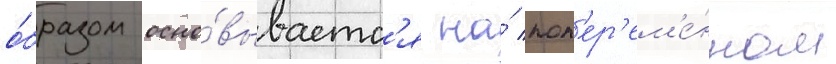
о́бразом осно́вываетс'я на́ поп'ер'ем'е́нном